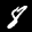
Label: 8